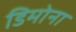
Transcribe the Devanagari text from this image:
डिमोना